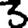
Digit: 3